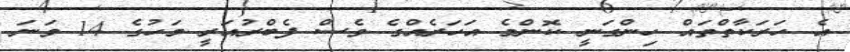
އެ ހަރަކާތްތައް ހިންގަނީ ކޮންމެ އަހަރެއްގެ ވެސް ފެބްރުއަރީ މަހުގެ 14 ވަނަ